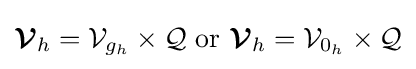
{\boldsymbol {\mathcal {V}}}_{h}={\mathcal {V}}_{g_{h}}\times {\mathcal {Q}}{\text{ or }}{\boldsymbol {\mathcal {V}}}_{h}={\mathcal {V}}_{0_{h}}\times {\mathcal {Q}}